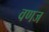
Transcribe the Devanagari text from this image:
वणज